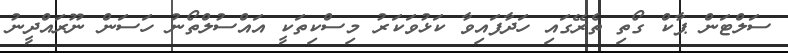
ސަލްޓަން ޕާކް ގޯތި ތެރޭގައި ހަދާފައިވާ ކަޅުވަކަރު މިސްކިތަކީ އައްސުލްތޯނު ހަސަން ނޫރައްދީނު